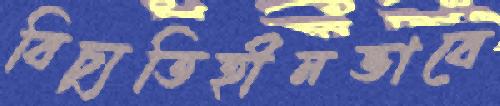
বিচ্যুতিহীনভাবে